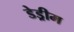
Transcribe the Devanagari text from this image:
डेड्रीम